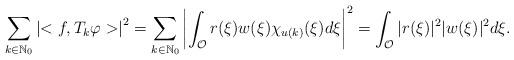
LaTeX: \begin{align*}\sum_{k \in \mathbb N_0} \left|<f, T_k\varphi>\right|^2= \sum_{k \in \mathbb N_0} \left|\int_{\mathcal O} r(\xi)w(\xi)\chi_{u(k)}(\xi)d\xi\right|^2 = \int_{\mathcal O} |r(\xi)|^2|w(\xi)|^2 d\xi.\end{align*}